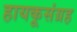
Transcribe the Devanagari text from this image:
हायकूसंग्रह